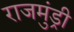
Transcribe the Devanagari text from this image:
राजमुंड्री